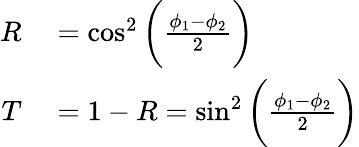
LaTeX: \begin{array}{rl}{R}&{{}=\cos^{2}\bigg(\frac{\phi_{1}-\phi_{2}}{2}\bigg)}\\ {T}&{{}=1-R=\sin^{2}\bigg(\frac{\phi_{1}-\phi_{2}}{2}\bigg)}\end{array}